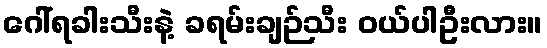
ဂေါ်ရခါးသီးနဲ့ ခရမ်းချဉ်သီး ဝယ်ပါဦးလား။